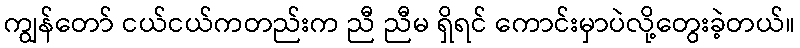
ကျွန်တော် ငယ်ငယ်ကတည်းက ညီ ညီမ ရှိရင် ကောင်းမှာပဲလို့တွေးခဲ့တယ်။